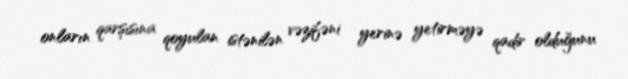
onların qarşısına qoyulan istənilən vəzifəni yerinə yetirməyə qadir olduğunu